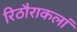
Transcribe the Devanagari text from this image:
रिठौराकलां